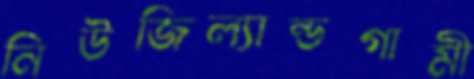
নিউজিল্যান্ডগামী